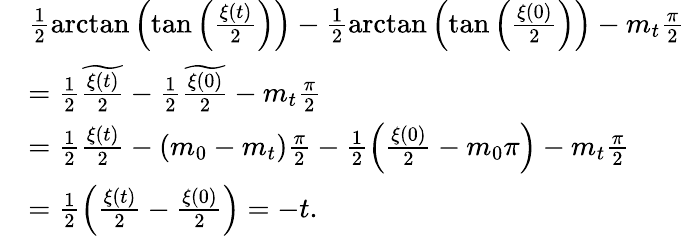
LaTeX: \begin{array}{rl}&{\frac{1}{2}\arctan\left(\tan\left(\frac{\xi(t)}{2}\right)\right)-\frac{1}{2}\arctan\left(\tan\left(\frac{\xi(0)}{2}\right)\right)-m_{t}\frac{\pi}{2}}\\ &{=\frac{1}{2}\widetilde{\frac{\xi(t)}{2}}-\frac{1}{2}\widetilde{\frac{\xi(0)}{2}}-m_{t}\frac{\pi}{2}}\\ &{=\frac{1}{2}\frac{\xi(t)}{2}-(m_{0}-m_{t})\frac{\pi}{2}-\frac{1}{2}\left(\frac{\xi(0)}{2}-m_{0}\pi\right)-m_{t}\frac{\pi}{2}}\\ &{=\frac{1}{2}\left(\frac{\xi(t)}{2}-\frac{\xi(0)}{2}\right)=-t.}\end{array}